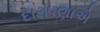
દારપણાએ